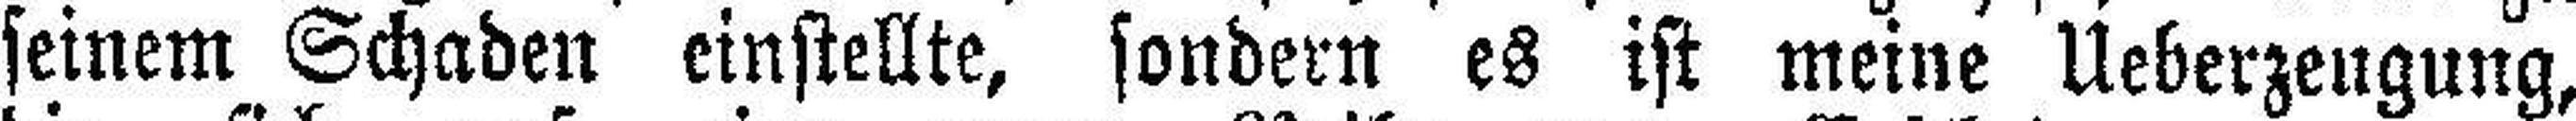
seinem Schaden einstellte, sondern es ist meine Ueberzengung,